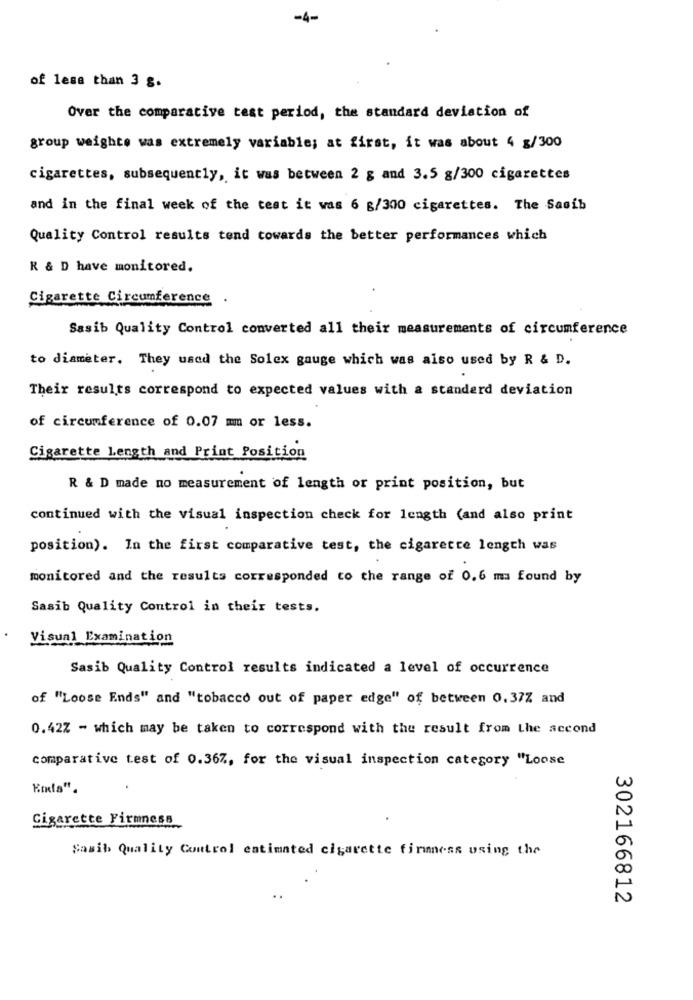
-4-
of less than 3 g.
Over the comparative test period, the standard deviation of
group weighte was extremely variable; at first, it was about 4 g/300
cigarettes, subsequently, it was between 2 g and 3.5 g/300 cigarettes
and in the final week of the test it was 6 g/300 cigarettes. The Sasib
Quality Control results tend towards the better performances which
R & D have monitored.
Cigarette Circumference
Sasib Quality Control converted all their measurements of circumference
to diameter. They used the Solex gauge which was also used by R & D.
Their results correspond to expected values with a standard deviation
of circumference of 0.07 mm or less.
Cigarette Length and Print Position
R & D made no measurement of length or print position, but
continued with the visual inspection check for length (and also print
position). In the first comparative test, the cigarette length was
monitored and the results corresponded to the range of 0.6 ma found by
Sasib Quality Control in their tests.
Visual Examination
Sasib Quality Control results indicated a level of occurrence
of "Loose Ends" and "tobacco out of paper edge" of between 0,37% and
0.42Z - which may be taken to correspond with the result from Lhe accond
comparative test of 0.367, for the visual inspection category "Loose
Cigarette Firmness
Sasib Quality Control estimated cigarette firmness using the
00
N
302166812